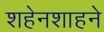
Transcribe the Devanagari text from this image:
शहेनशाहने